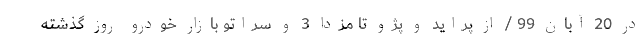
در 20 آبان 99 / از پراید و پژو تا مزدا 3 و سراتو بازار خودرو روز گذشته